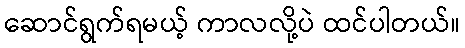
ဆောင်ရွက်ရမယ့် ကာလလို့ပဲ ထင်ပါတယ်။